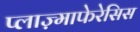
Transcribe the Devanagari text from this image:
प्लाज़्माफेरेसिस